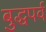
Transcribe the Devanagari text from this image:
बुद्धपर्व